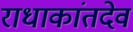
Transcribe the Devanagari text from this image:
राधाकांतदेव